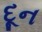
દૂન